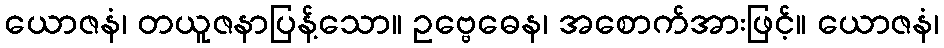
ယောဇနံ၊ တယူဇနာပြန့်သော။ ဥဗ္ဗေဓေန၊ အစောက်အားဖြင့်။ ယောဇနံ၊